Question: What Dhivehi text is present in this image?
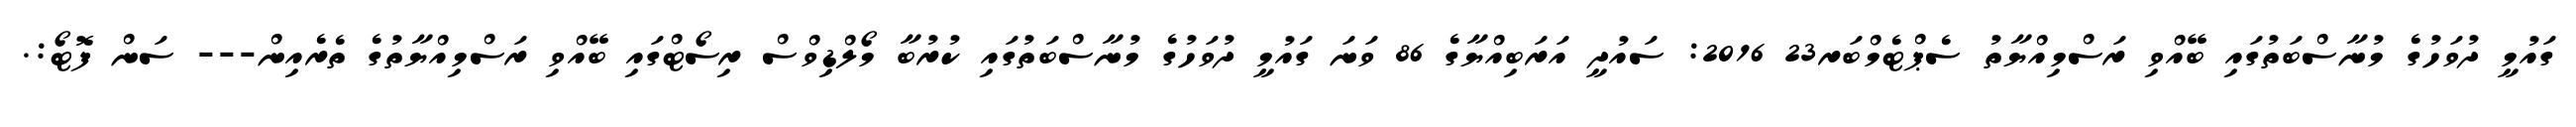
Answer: ގައުމީ ދުވަހުގެ މުނާސްބަތުގައި ބޭއްވި ރަސްމިއްޔާތު ސެޕްޓެމްބަރ23 2016: ސައުދީ އަރަބިއްޔާގެ 86 ވަނަ ގައުމީ ދުވަހުގެ މުނާސްބަތުގައި ކުރުބާ މޯލްޑިވްސް ރިސޯޓްގައި ބޭއްވި ރަސްމިއްޔާތުގެ ތެރެއިން--- ސަން ފޮޓޯ:.